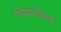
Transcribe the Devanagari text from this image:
मिडाज़ोलम